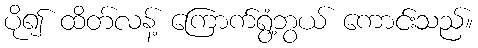
ပို၍ ထိတ်လန့် ကြောက်ရွံ့ဘွယ် ကောင်းသည်။